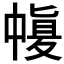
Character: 𠁶